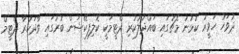
ދުވަހު ހަވީރު ކުޅުނު މެޗުގައި ބައްދަލުކުރި ދެޓީމަކީ ކޮލިފިކޭޝަން ބުރުގައި ވާދަކުރާ ދެޓީމް